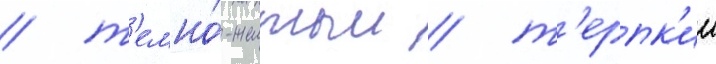
/ т'емно́-желтыи / т'ерпк'ии